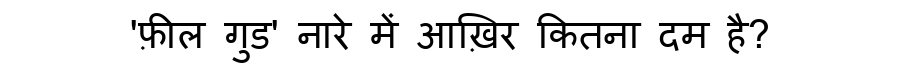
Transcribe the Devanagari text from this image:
'फ़ील गुड' नारे में आख़िर कितना दम है?